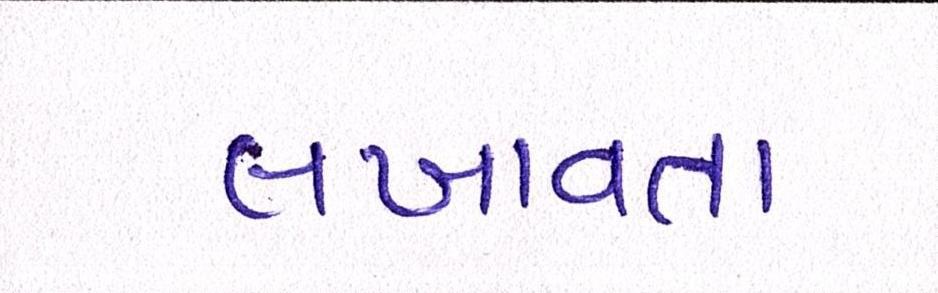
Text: લખાવતા